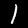
Digit: 1